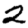
Digit: 2